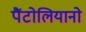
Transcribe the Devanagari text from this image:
पैंटोलियानो